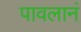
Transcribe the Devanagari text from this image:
पावलानं